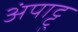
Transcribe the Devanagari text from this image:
अंपाट्टु